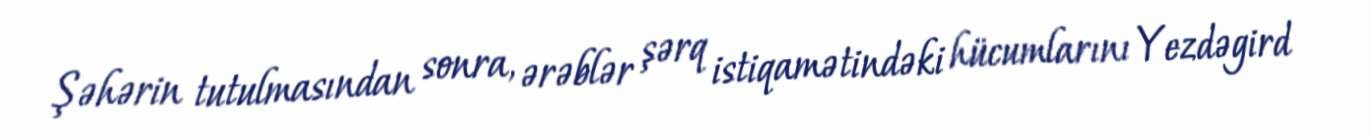
Şəhərin tutulmasından sonra, ərəblər şərq istiqamətindəki hücumlarını Yezdəgird